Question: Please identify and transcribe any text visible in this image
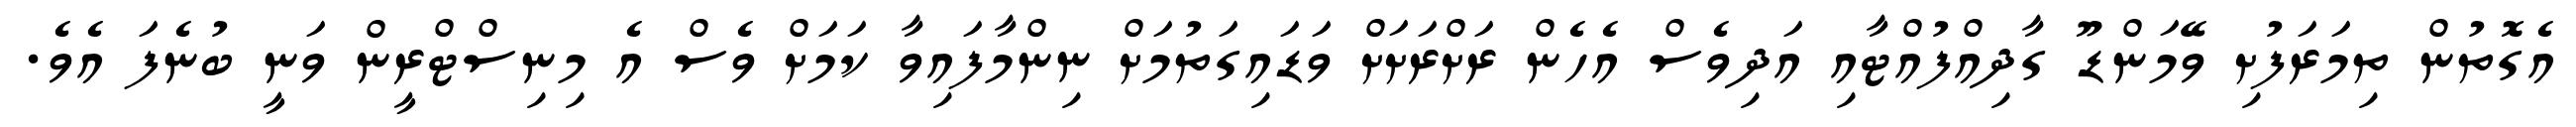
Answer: އެގޮތުން ތިމަރަފުށި ވޭމަންޑޫ ގާދިއްފުއްޓާއި އަދިވެސް އެހެން ރަށްރަށަށް ވަޑައިގަތުމަށް ނިންމާފައިވާ ކަމަށް ވެސް އެ މިނިސްޓްރީން ވަނީ ބުނެފަ އެވެ.